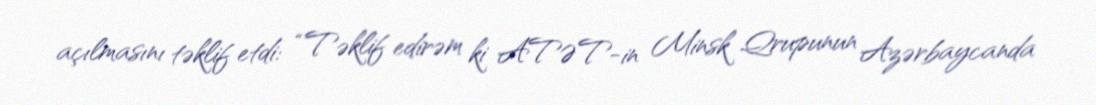
açılmasını təklif etdi: “Təklif edirəm ki ATƏT-in Minsk Qrupunun Azərbaycanda